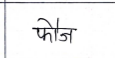
मजकूर: फौज